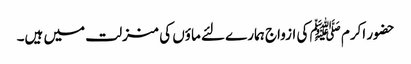
حضور اکرم ﷺ کی ازواج ہمارے لئے ماؤں کی منزلت میں ہیں۔